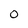
Character: 0